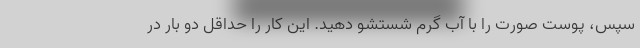
سپس، پوست صورت را با آب گرم شستشو دهید. این کار را حداقل دو بار در